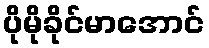
ပိုမိုခိုင်မာအောင်